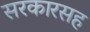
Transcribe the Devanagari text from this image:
सरकारसह